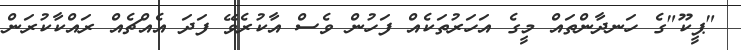
"ޕީކޫ"ގެ ހަނދާންތައް މީގެ އަހަރުތަކެއް ފަހުން ވެސް އާކުރެވޭ ފަދަ އެއްޗެއް ރައްކާކުރަން